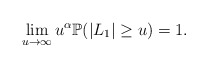
\begin{align*}\lim_{u\to\infty }u^\alpha\mathbb P(|L_1|\geq u)=1.\end{align*}